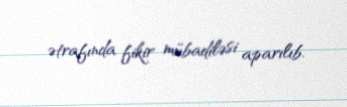
ətrafında fikir mübadiləsi aparılıb.